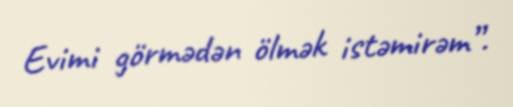
Evimi görmədən ölmək istəmirəm”.